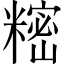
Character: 𬖵